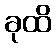
ခုထိ